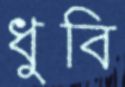
ধুবি